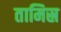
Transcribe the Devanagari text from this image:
तामिस्र